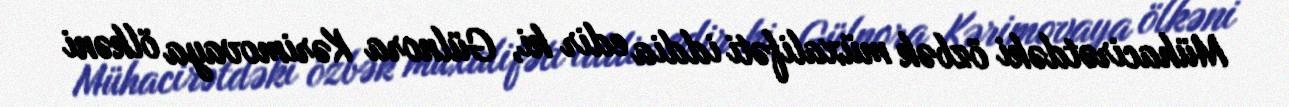
Mühacirətdəki özbək müxalifəti iddia edir ki, Gülnora Kərimovaya ölkəni